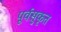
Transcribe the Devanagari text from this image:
पूर्वसुकृत